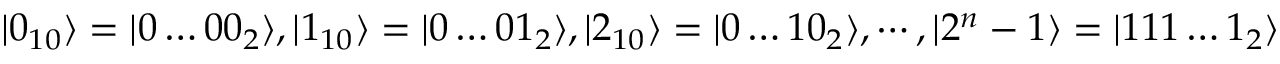
| 0 _ { 1 0 } \rangle = | 0 \dots 0 0 _ { 2 } \rangle , | 1 _ { 1 0 } \rangle = | 0 \dots 0 1 _ { 2 } \rangle , | 2 _ { 1 0 } \rangle = | 0 \dots 1 0 _ { 2 } \rangle , \cdots , | 2 ^ { n } - 1 \rangle = | 1 1 1 \dots 1 _ { 2 } \rangle